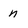
Character: n